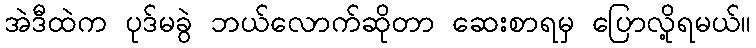
အဲဒီထဲက ပုဒ်မခွဲ ဘယ်လောက်ဆိုတာ ဆေးစာရမှ ပြောလို့ရမယ်။